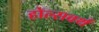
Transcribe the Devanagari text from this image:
होल्सवर्थ